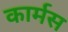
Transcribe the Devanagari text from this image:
कार्मस